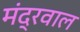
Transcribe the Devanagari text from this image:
मंद्रवाल